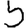
Digit: 5